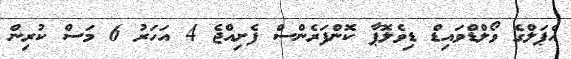
އެޕަލްގެ ވޯލްޑްވައިޑް ޑިވެލޮޕާ ކޮންފަރެންސް ފެށިއްޖެ 4 އަހަރު 6 މަސް ކުރިން